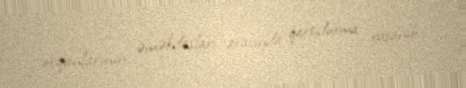
orqanlarının əməkdaşları arasında qarşıdurma yaşanıb.